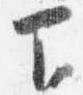
下